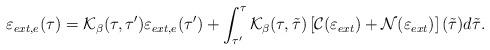
LaTeX: \begin{align*} \varepsilon_{ext, e}(\tau) = \mathcal{K}_\beta(\tau, \tau')\varepsilon_{ext,e}(\tau') + \int_{\tau'}^\tau \mathcal{K}_\beta(\tau,\tilde \tau) \left[ \mathcal{C}(\varepsilon_{ext}) +\mathcal{N}(\varepsilon_{ext}) \right](\tilde \tau) d \tilde \tau. \end{align*}